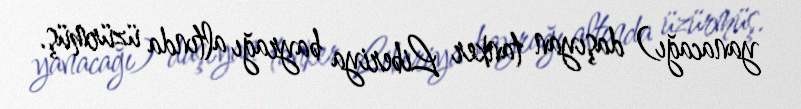
yanacağı) daşıyan tanker Liberiya bayrağı altında üzürmüş.